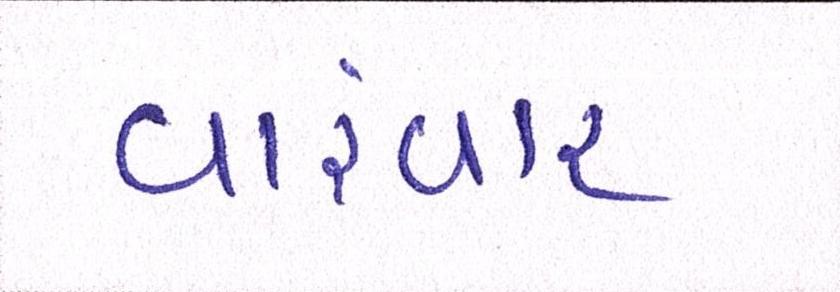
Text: વારંવાર